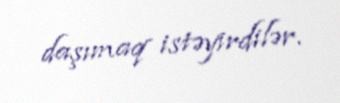
daşımaq istəyirdilər.